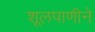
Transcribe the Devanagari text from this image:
शूलपाणीने